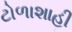
ટોળાશાહી